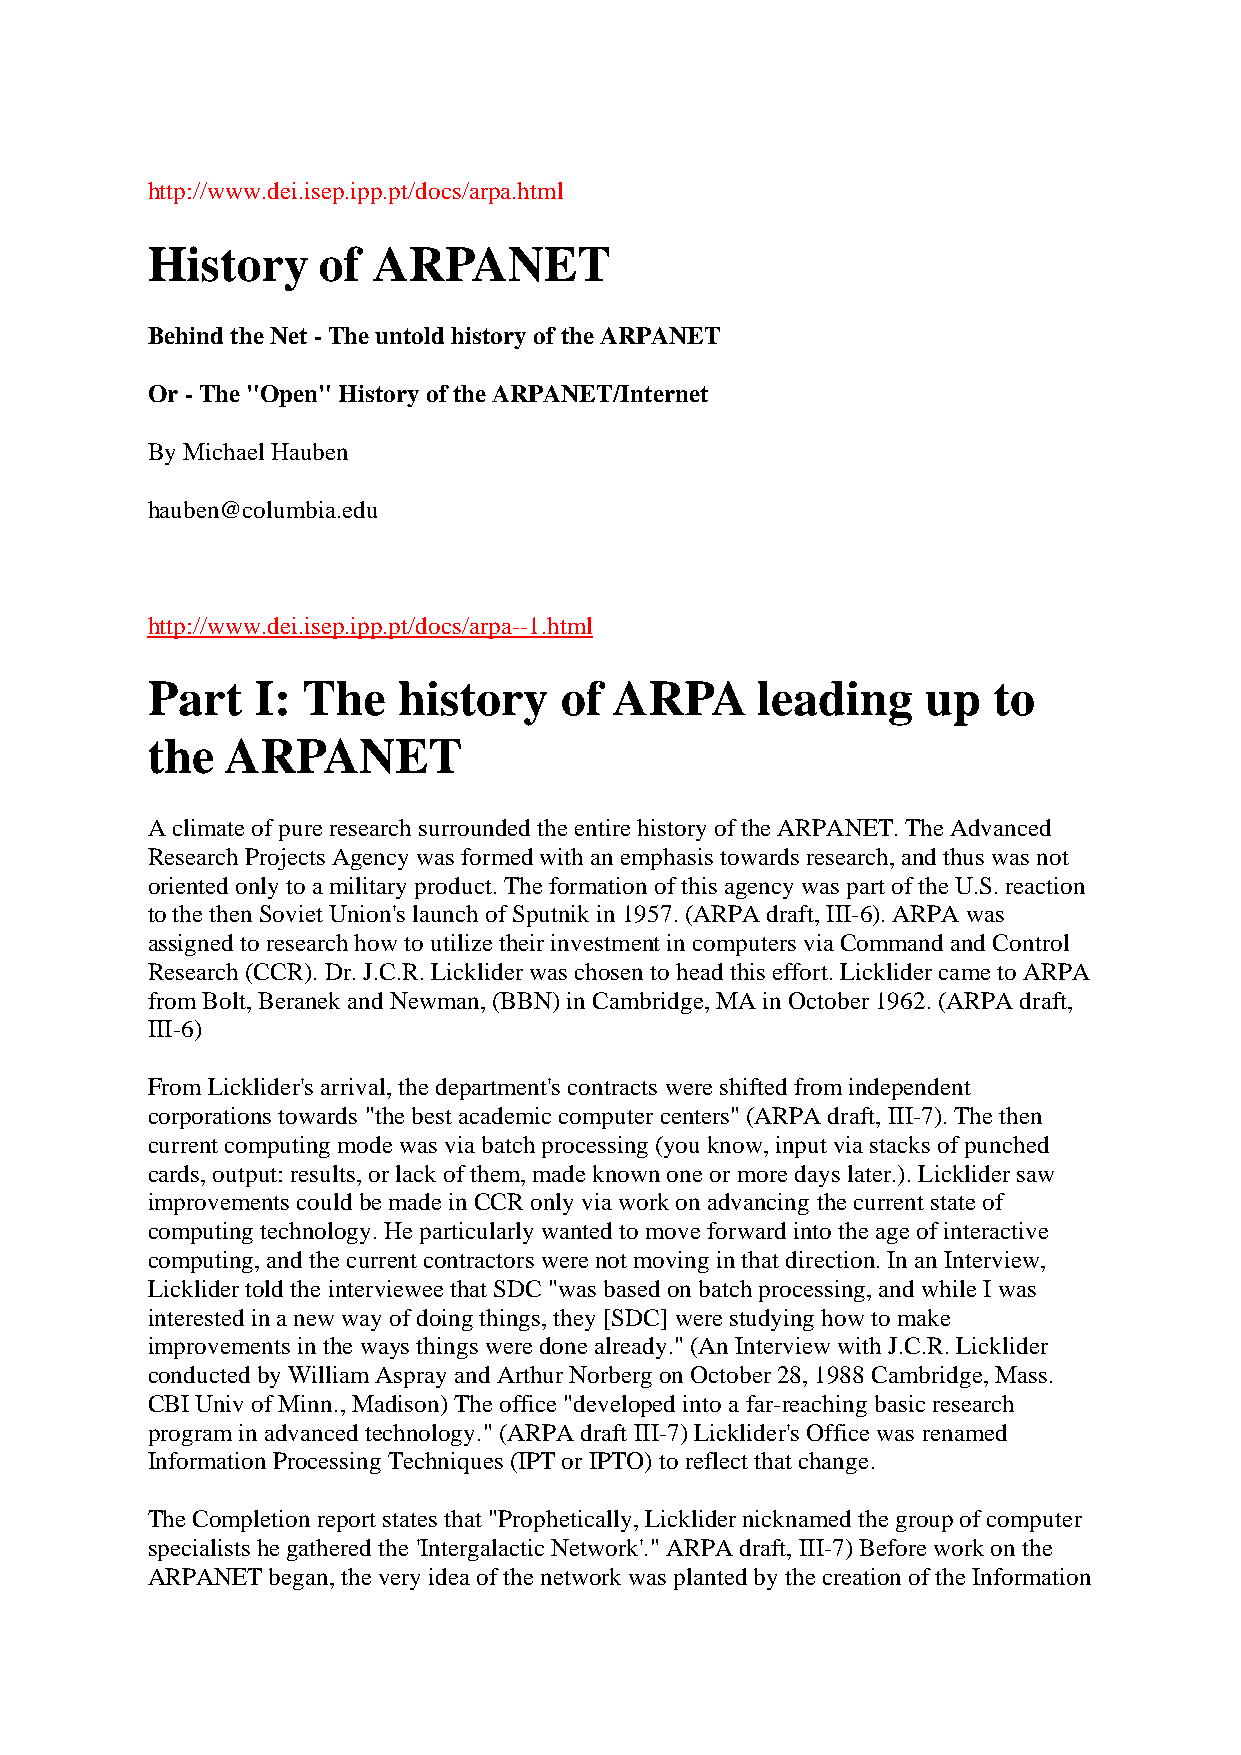
http://www.dei.isep.ipp.pt/docs/arpa.html
 History    of  ARPANET
 Behind the Net - The untold history of the ARPANET
 Or - The "Open" History of the ARPANET/Internet
 By Michael Hauben
 hauben@columbia.edu
 http://www.dei.isep.ipp.pt/docs/arpa--1.html
 Part   I: The   history    of  ARPA     leading    up   to
 the  ARPANET
 A climate of pure research surrounded the entire history of the ARPANET. The Advanced
 Research Projects Agency was formed with an emphasis towards research, and thus was not
 oriented only to a military product. The formation of this agency was part of the U.S. reaction
 to the then Soviet Union's launch of Sputnik in 1957. (ARPA draft, III-6). ARPA was
 assigned to research how to utilize their investment in computers via Command and Control
 Research (CCR). Dr. J.C.R. Licklider was chosen to head this effort. Licklider came to ARPA
 from Bolt, Beranek and Newman, (BBN) in Cambridge, MA in October 1962. (ARPA draft,
 III-6)
 From Licklider's arrival, the department's contracts were shifted from independent
 corporations towards "the best academic computer centers" (ARPA draft, III-7). The then
 current computing mode was via batch processing (you know, input via stacks of punched
 cards, output: results, or lack of them, made known one or more days later.). Licklider saw
 improvements could be made in CCR only via work on advancing the current state of
 computing technology. He particularly wanted to move forward into the age of interactive
 computing, and the current contractors were not moving in that direction. In an Interview,
 Licklider told the interviewee that SDC "was based on batch processing, and while I was
 interested in a new way of doing things, they [SDC] were studying how to make
 improvements in the ways things were done already." (An Interview with J.C.R. Licklider
 conducted by William Aspray and Arthur Norberg on October 28, 1988 Cambridge, Mass.
 CBI Univ of Minn., Madison) The office "developed into a far-reaching basic research
 program in advanced technology." (ARPA draft III-7) Licklider's Office was renamed
 Information Processing Techniques (IPT or IPTO) to reflect that change.
 The Completion report states that "Prophetically, Licklider nicknamed the group of computer
 specialists he gathered the 'Intergalactic Network'." ARPA draft, III-7) Before work on the
 ARPANET began, the very idea of the network was planted by the creation of the Information